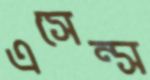
এসেন্স